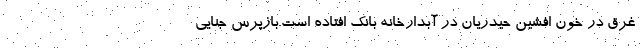
غرق در خون افشین حیدریان در آبدارخانه بانک افتاده است.بازپرس جنایی